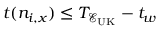
t ( n _ { i , x } ) \leq T _ { \mathcal { E _ { \mathrm { U K } } } } - t _ { w }